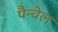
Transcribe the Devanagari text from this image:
पैन्वेल